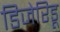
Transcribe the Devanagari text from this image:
डिजेरिडू